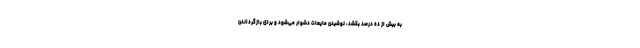
به بیش از ده درصد بکشد، نوشیدن مایعات دشوار می‌شود و برای بازگرداندن